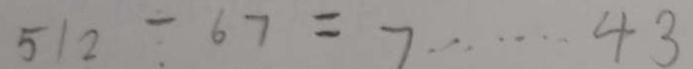
5 1 2 \div 6 7 = 7 \cdots 4 3